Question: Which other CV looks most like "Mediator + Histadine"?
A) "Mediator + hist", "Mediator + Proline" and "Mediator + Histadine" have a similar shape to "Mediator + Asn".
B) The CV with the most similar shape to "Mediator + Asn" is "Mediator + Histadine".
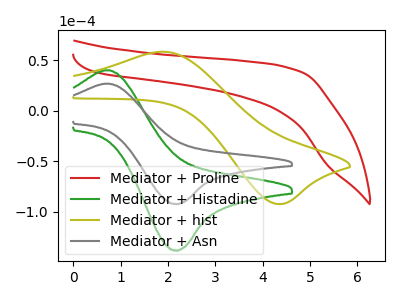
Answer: <think>The red curve "Mediator + Proline" has no peaks. The green curve "Mediator + Histadine" has an anodic peak at (0.70V, 40.00uA) and a cathodic peak at (2.15V, -138.60uA). The olive curve "Mediator + hist" has an anodic peak at (1.95V, 58.20uA) and a cathodic peak at (4.30V, -92.60uA). The gray curve "Mediator + Asn" has an anodic peak at (0.70V, 26.70uA) and a cathodic peak at (2.15V, -92.50uA).
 "Mediator + Proline" and "Mediator + Histadine" have a different number of peaks. "Mediator + Proline" and "Mediator + hist" have a different number of peaks. "Mediator + Proline" and "Mediator + Asn" have a different number of peaks. "Mediator + Histadine" and "Mediator + hist" have at least one peak that do not match. All the peaks in "Mediator + Histadine" have a peak in "Mediator + Asn" at the same potential. Every peak in "Mediator + Histadine" is higher than every peak in "Mediator + Asn". "Mediator + hist" and "Mediator + Asn" have at least one peak that do not match.</think>
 <answer>B) The CV with the most similar shape to "Mediator + Asn" is "Mediator + Histadine".</answer>
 <eval>B</eval>